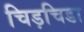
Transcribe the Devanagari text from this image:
चिड़चिडा